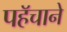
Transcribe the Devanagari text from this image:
पहॅचाने